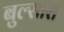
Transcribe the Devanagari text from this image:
बुल्सारा